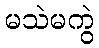
မသဲမကွဲ